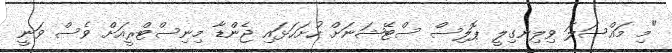
"މި މައްސަލަ ވިލިނގިލީ ޕޮލިސް ސްޓޭޝަނަށް ހުށަހަޅައި ޖެންޑާ މިނިސްޓްރީއަށް ވެސް ވަނީ